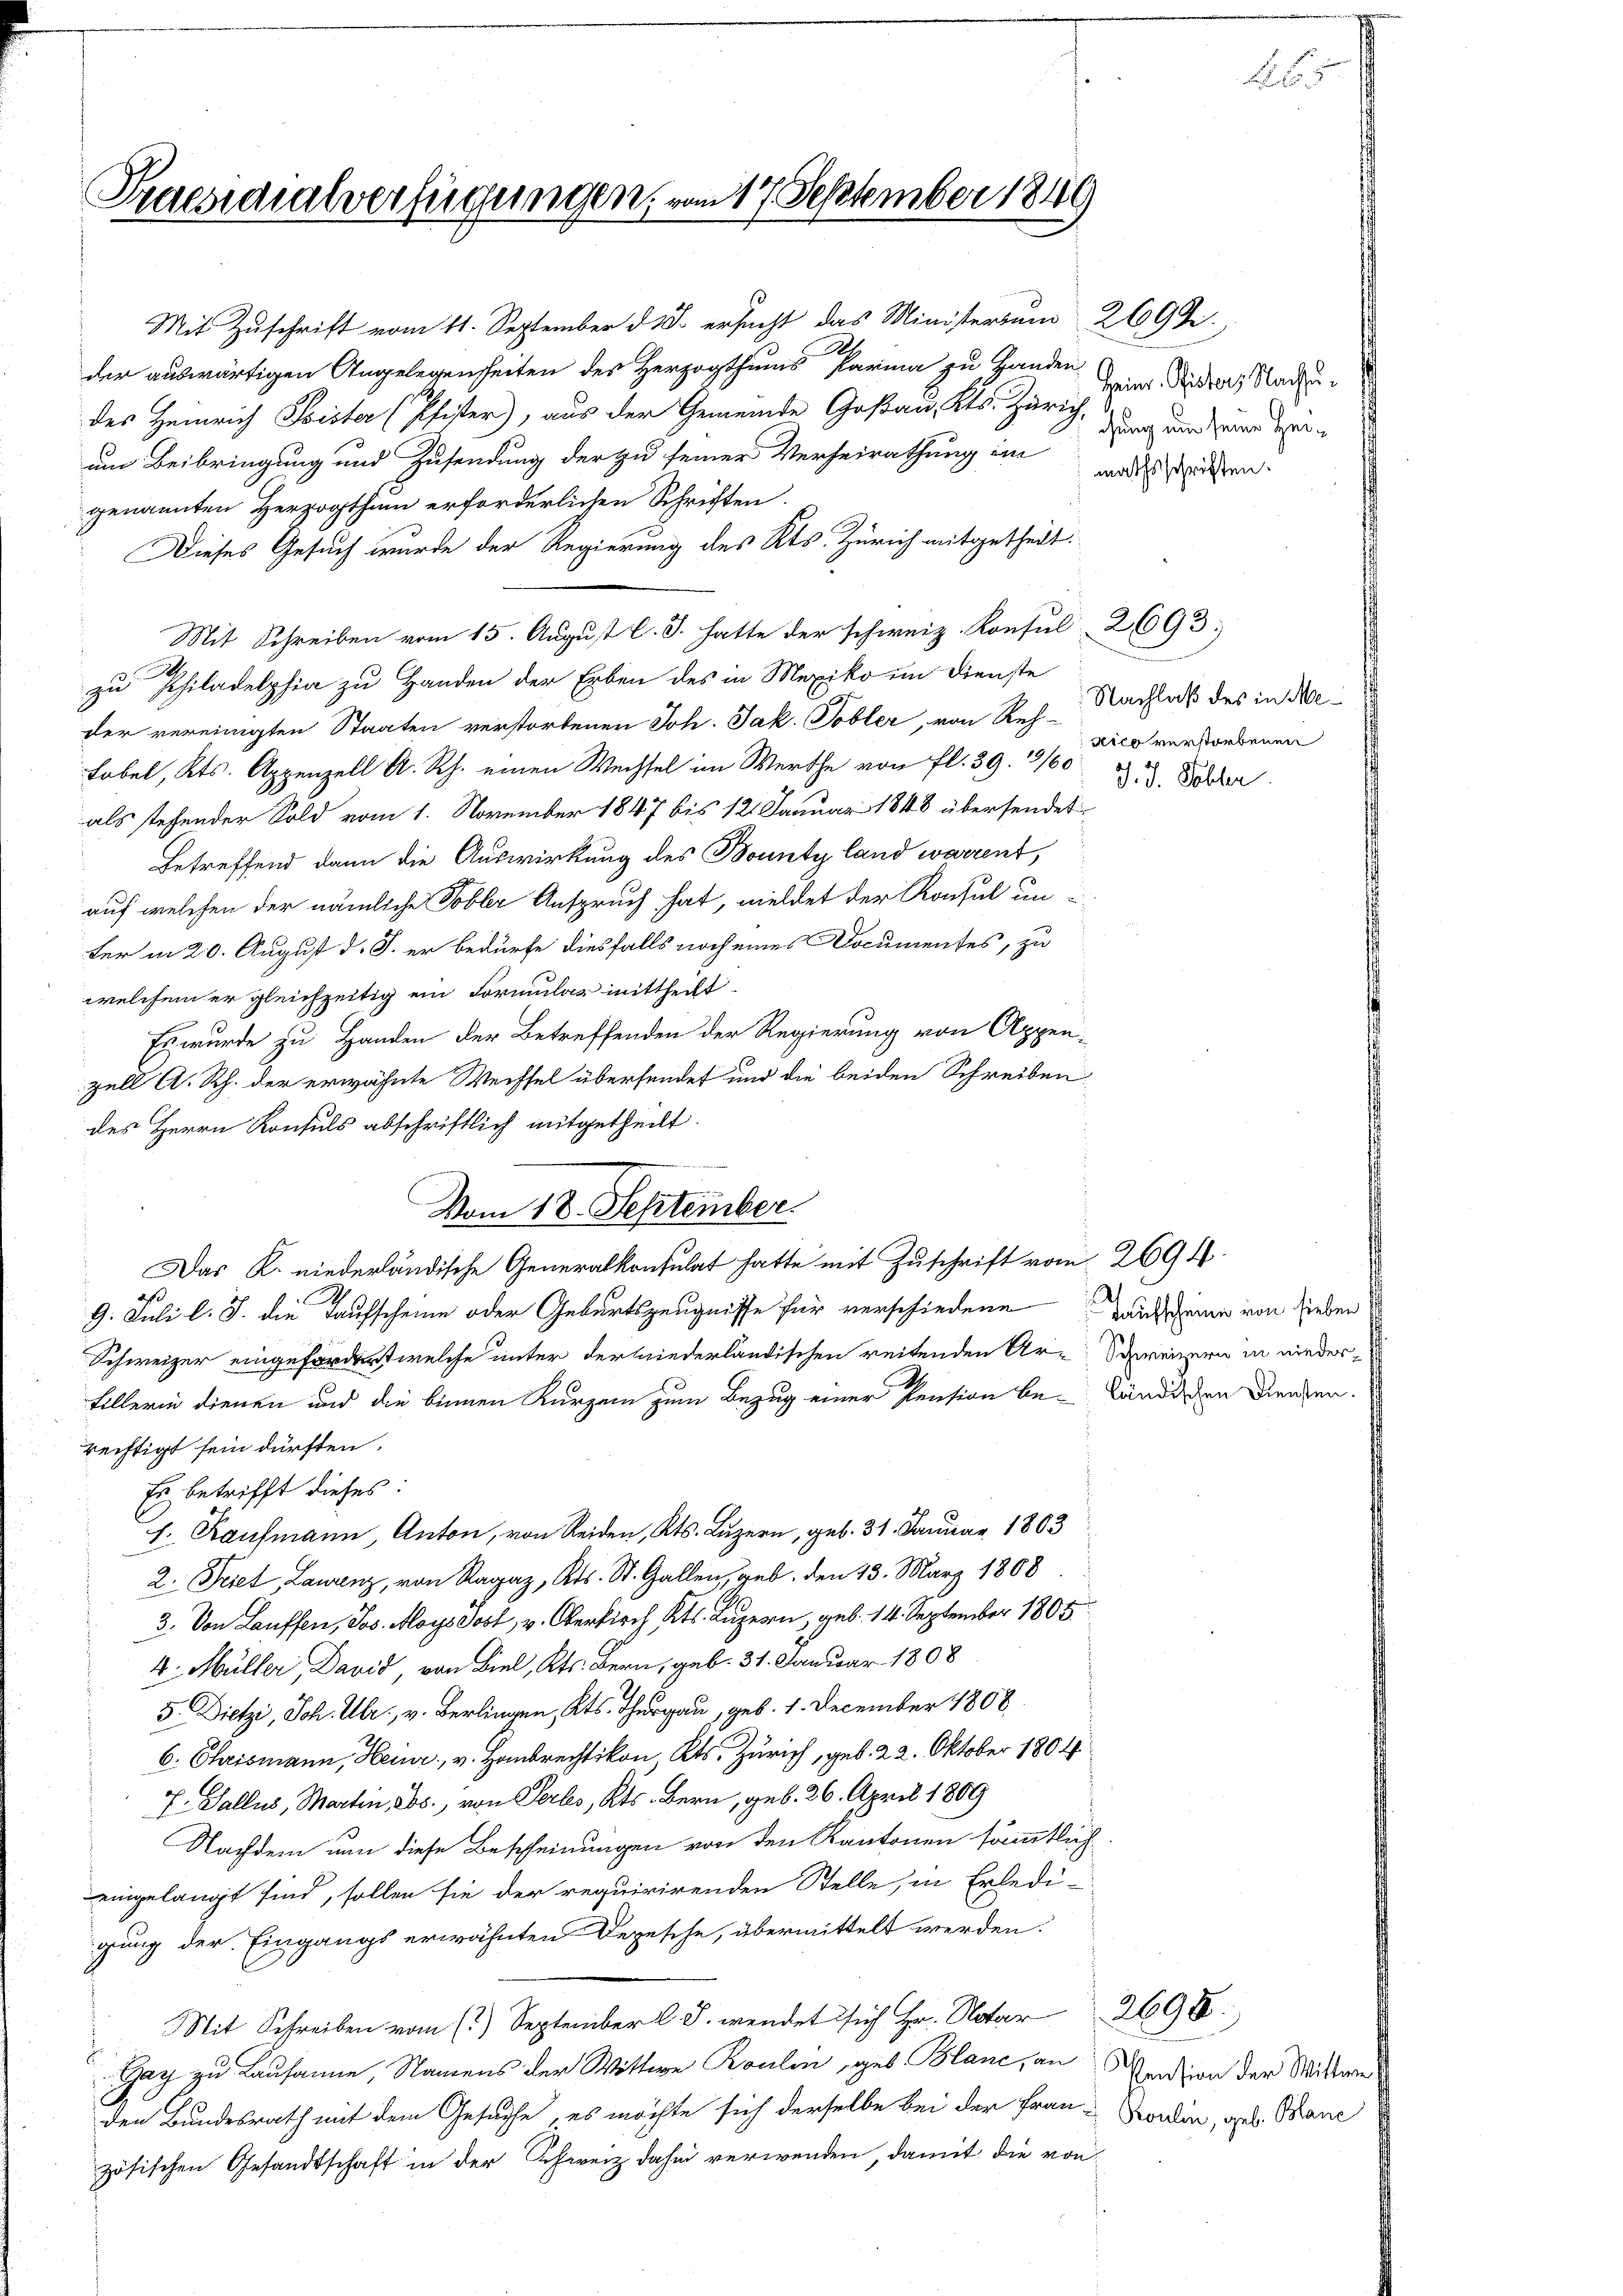
Praesidialverfügungen,

Mit Zuschrift vom 11. September d.J. ersucht das Ministersum 269 f.
der auswärtigen Angelegenheiten der Herzogthums Parma zu Handen Eier. Beister, Nachdes Heinrich Frister (Pfister), aus der Gemeinde Goßau, Kts. Zürich
um Beibringung und Zusendung der zu seiner Verheirathung ein und sehen.
genannten Herzogthum erforderlichen Schriften.
Dieses Gesuch wurde der Regierung des Kts. Zürich mitgetheilt.
Mit Schreiben vom 15. August l. J. hatte der schweiz. Konsul 2693
zu Philadelphia zu Handen der Erben des in Mexiko im Dienste
der vereinigten Staaten verstorbenen Joh. Jak. Tobler, von Reh-
Lobel, Kts. Appenzell A. Rh. einen Wechsel im Werthe von fl. 39. 11609. Selber
als stehender Sold vom 1. November 1847 bis 12. Januar 1848 übersendet
Betreffend dann die Auswirkung des Bounty land warrent
auf welchen der nämliche Tobler Anspruch hat, meldet der Konsul un-
ter in 20. August d. J. er bedürfe diesfalls noch eines Documentes, zu
welchem er gleichzeitig ein Formular mittheilt
Es wurde zu Handen der Betreffenden der Regierung von Appen-
zell A. Rh. der erwähnte Wechsel übersendet und die beiden Schreiben
des Herrn Konsuls abschriftlich mitgetheilt.
9. Juli l. J. die Taufscheine oder Geburtszeugnisse für verschiedene Tauscheine von Lieben
Schweizer eingefordert welche unter der wiederländischen reitenden Ur-Schweizern in niederfillerin dienen und die binnen Kurzem zum Bezug einer Pention be- Ländischen Grenzen.
rechtigt sein dürften.
Es betrifft dieses:
J. Kaufmann, Anton, von Reiden, Kts. Luzern, geb. 31. Januar 1803
2. Seiet Laurenz, von Ragaz, Kts. St. Gallen, geb. den 13. März 1808
3. Von Lauffen, Jos. Moysdost, v. Oberkirch Kts. Luzern, geb. 14. September 1805.
4. Müller, David, von Biel, Kts. Bern, geb. 31. Januar 1808
5. Dietzi, Joh. Ulr., v. Berlingen, Kts. Thurgau, geb. 1. December 1808
6. Chrismann, Heinr. v. Hausrechtikon Kts. Zürich, geb. 22. Oktober 1804
J. Gallus, Martin, obs., von Serbes, Kts. Bern, geb. 26. April 1809
Nachdem nun diese Bescheinungen von den Kantonen sämmtlich
eingelangt sind, sollen sie der requirirenden Stelle, in Erledi-
gung der Eingangs erwähnten Depesche, übermittelt werden.
Mit Schreiben vom (2.) September l. J. wendet sich Hr. Notar 2698:
Gay zu Lausanne, Namens der Wittwe Roulin, geb. Blanc, an Verdien der Mittwe
den Bundesrath mit dem Gesuche, es möchte sich derselbe bei der Frau Sardin, geb. Banc
zösischen Gesandtschaft in der Schweiz dahin verwenden, damit die von

i
Vom 18. September.
Das K. niederländische Generalkonsulat hatte mit Zuschrift vom 2694.

117. September 1849

chung um seine Hei¬

Nachlaß des in Me¬
Kilo verstorbenen